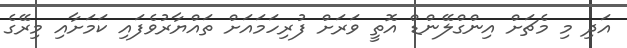
އަދި މި މެޗަށް އިންގްލޭންޑް އޮތީ ވަރަށް ފުރިހަމައަށް ތައްޔާރުވެފައި ކަމަށާއި މިރޭގެ